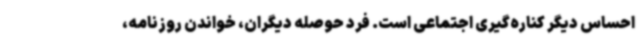
احساس دیگر کناره‌گیری اجتماعی است. فرد حوصله دیگران، خواندن روزنامه،